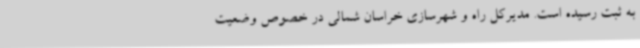
به ثبت رسیده است. مدیرکل راه و شهرسازی خراسان شمالی در خصوص وضعیت